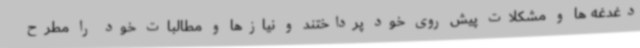
دغدغه ها و مشکلات پیش روی خود پرداختند و نیازها و مطالبات خود را مطرح